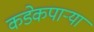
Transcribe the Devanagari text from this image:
कडेकपाऱ्या